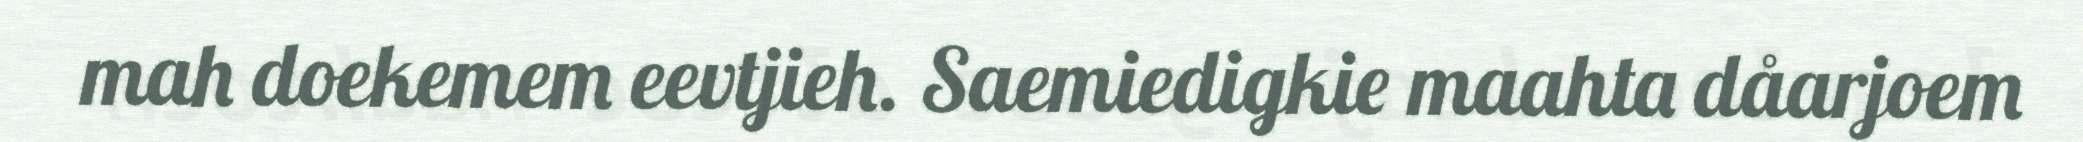
mah doekemem eevtjieh. Saemiedigkie maahta dåarjoem